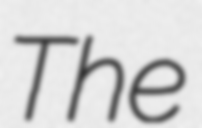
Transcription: The